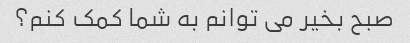
صبح بخیر می توانم به شما کمک کنم؟